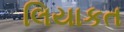
લિયાકત